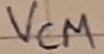
Text: VCM